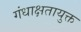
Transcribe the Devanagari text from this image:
गंधाक्षतायुक्त